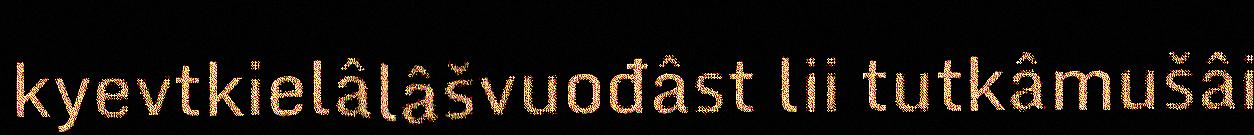
kyevtkielâlâšvuođâst lii tutkâmušâi